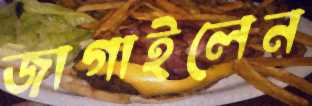
জাগাইলেন